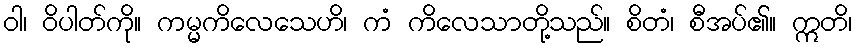
ဝါ၊ ဝိပါတ်ကို။ ကမ္မကိလေသေဟိ၊ ကံ ကိလေသာတို့သည်။ စိတံ၊ စီအပ်၏။ ဣတိ၊